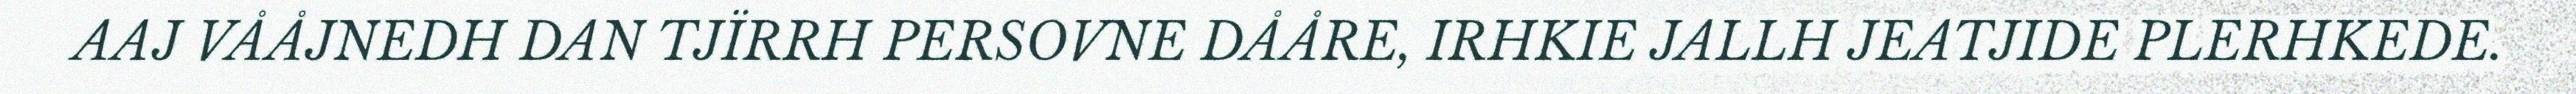
AAJ VÅÅJNEDH DAN TJÏRRH PERSOVNE DÅÅRE, IRHKIE JALLH JEATJIDE PLERHKEDE.